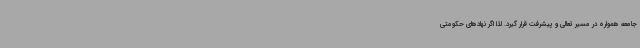
جامعه همواره در مسیر تعالی و پیشرفت قرار گیرد. لذا اگر نهادهای حکومتی